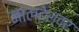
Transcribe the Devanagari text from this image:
नाल्देश्वर